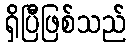
ရှိပြီဖြစ်သည်